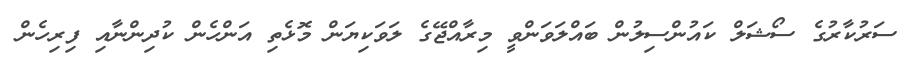
ސަރުކާރުގެ ސޯޝަލް ކައުންސިލުން ބައްލަވަންވީ މިރާއްޖޭގެ ލަވަކިޔަން މޮޅެތި އަންހެން ކުދިންނާއި ފިރިހެން